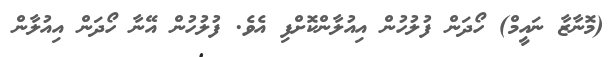
(މޮނާޒާ ނައީމް) ހޯދަން ފުލުހުން އިއުލާންކޮށްފި އެވެ. ފުލުހުން އޭނާ ހޯދަން އިއުލާން